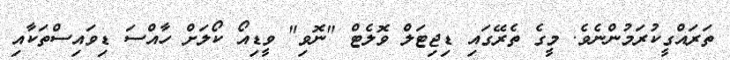
ތަރައްގީކުރަމުންނެވެ. މީގެ ތެރޭގައި ޑިޖިޓަލް ވޮލެޓް "ނޮވި" ވީޑިއޯ ކޯލަށް ހާއްސަ ޑިވައިސްތަކާއި